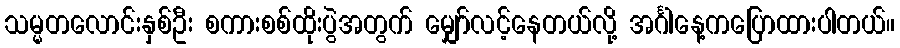
သမ္မတလောင်းနှစ်ဦး စကားစစ်ထိုးပွဲအတွက် မျှော်လင့်နေတယ်လို့ အင်္ဂါနေ့ကပြောထားပါတယ်။